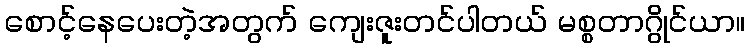
စောင့်နေပေးတဲ့အတွက် ကျေးဇူးတင်ပါတယ် မစ္စတာဂွိုင်ယာ။